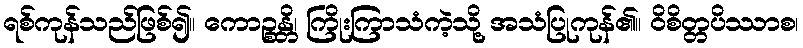
ရစ်ကုန်သည်ဖြစ်၍။ ကောဉ္စန္တိ၊ ကြိုးကြာသံကဲ့သို့ အသံပြုကုန်၏။ ဝိစိတ္တပိဿာစ၊